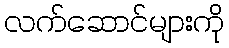
လက်ဆောင်များကို